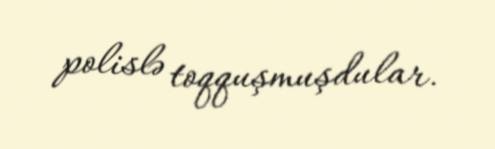
polislə toqquşmuşdular.